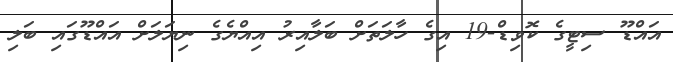
އައްޑޫ ސިޓީގެ ކޮވިޑް-19 އިގެ ހާލަތަށް ބަލާއިރު އިއްޔެގެ ނިޔަލަށް އައްޑޫގައި ބަލި